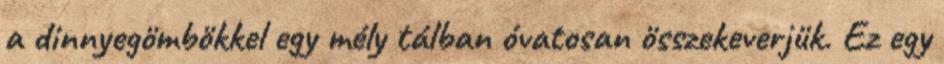
a dinnyegömbökkel egy mély tálban óvatosan összekeverjük. Ez egy